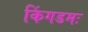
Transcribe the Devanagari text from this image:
किंगडमः